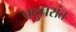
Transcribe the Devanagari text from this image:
पदुपरांत